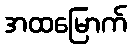
အထမြောက်